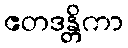
ဧတဒန္တိကာ